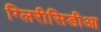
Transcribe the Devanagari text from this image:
ग्लिरीसिडीआ